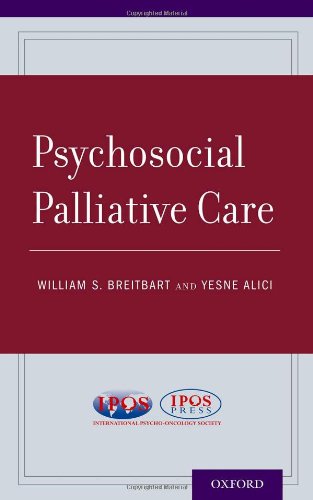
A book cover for Psychosocial Palliative Care; Self-Help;